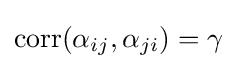
\mathrm {corr} (\alpha _{ij},\alpha _{ji})=\gamma